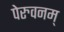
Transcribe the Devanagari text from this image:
पेरुवनम्